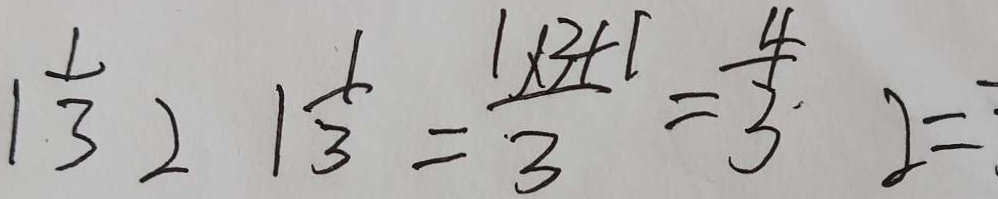
1 \frac { 1 } { 3 } 2 1 \frac { 1 } { 3 } = \frac { 1 \times 3 + 1 } { 3 } = \frac { 4 } { 3 } 2 =